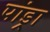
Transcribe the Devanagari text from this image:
पांड्रा